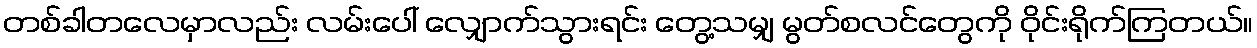
တစ်ခါတလေမှာလည်း လမ်းပေါ် လျှောက်သွားရင်း တွေ့သမျှ မွတ်စလင်တွေကို ဝိုင်းရိုက်ကြတယ်။